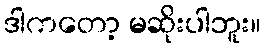
ဒါကတော့ မဆိုးပါဘူး။